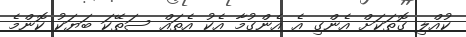
ކުއްލި ގޮތަކަށް އެންގި އެ އެންގުމާ އެކު އެތައް ސަތޭކަ ބަޔަކު ކޮންމެ